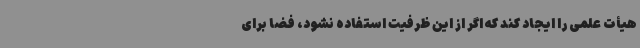
هیأت علمی را ایجاد کند که اگر از این ظرفیت استفاده نشود، فضا برای